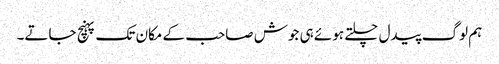
ہم لوگ پیدل چلتے ہوئے ہی جوش صاحب کے مکان تک پہنچ جاتے۔